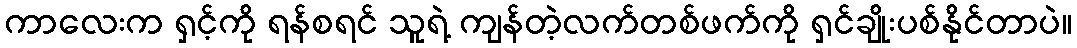
ကာလေးက ရှင့်ကို ရန်စရင် သူရဲ့ ကျန်တဲ့လက်တစ်ဖက်ကို ရှင်ချိုးပစ်နိုင်တာပဲ။